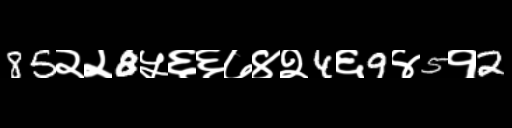
Text: 85२२8५६६७४२4६9४5१2